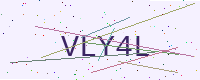
Text: VLY4L